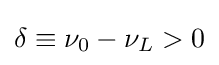
\delta \equiv \nu _{0}-\nu _{L}>0